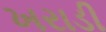
ખરાડી